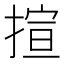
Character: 揎